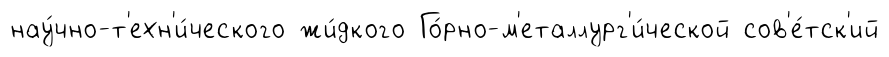
нау́чно-т'ехн'и́ческого жи́дкого Го́рно-м'еталлург'и́ческой сов'е́тск'ий